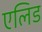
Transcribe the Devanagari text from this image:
एलिड